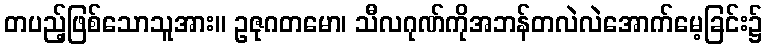
တပည့်ဖြစ်သောသူအား။ ဥဇုဂတမော၊ သီလဂုဏ်ကိုအဘန်တလဲလဲအောက်မေ့ခြင်း၌